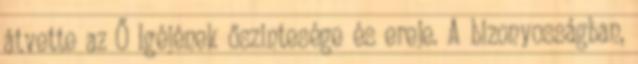
átvette az Ő Igéjének őszintesége és ereje. A bizonyosságban,